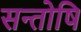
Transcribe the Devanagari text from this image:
सन्तोषि